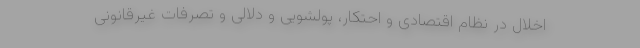
اخلال در نظام اقتصادی و احتکار، پولشویی و دلالی و تصرفات غیرقانونی